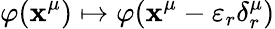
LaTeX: \varphi(\mathbf{x}^{\mu})\mapsto\varphi(\mathbf{x}^{\mu}-\varepsilon_{r}\delta_{r}^{\mu})